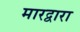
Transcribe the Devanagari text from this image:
मारद्वारा